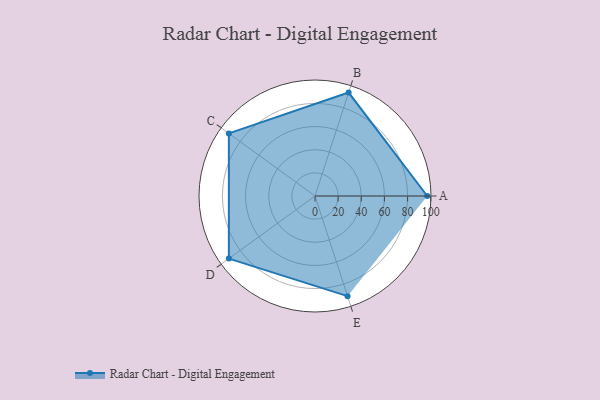
{"axis": {"x": "Skill", "y": "Score"}, "legend": ["Profile"], "data": [{"x": "A", "y": 97.0, "type": "Profile"}, {"x": "B", "y": 94.0, "type": "Profile"}, {"x": "C", "y": 92.0, "type": "Profile"}, {"x": "D", "y": 92.0, "type": "Profile"}, {"x": "E", "y": 91.0, "type": "Profile"}]}